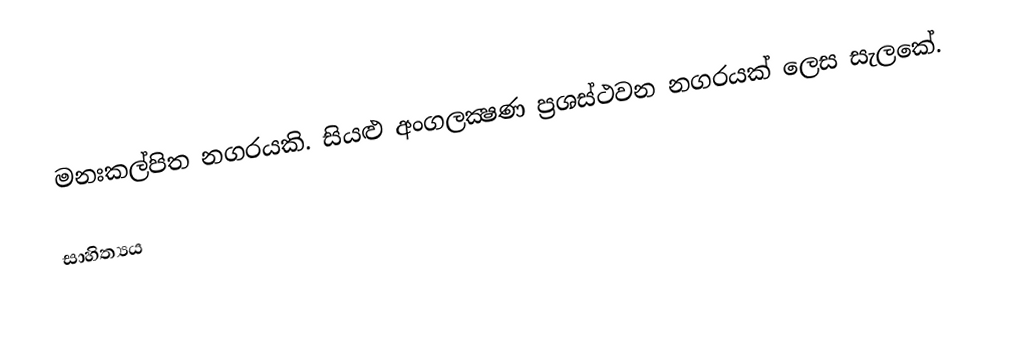
මනඃකල්පිත නගරයකි. සියළු අංගලක්‍ෂණ ප්‍රශස්ථවන නගරයක් ලෙස සැලකේ.

සාහිත්‍යය